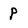
Character: P